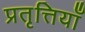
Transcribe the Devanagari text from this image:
प्रतृत्तियाँ